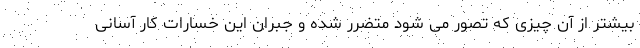
بیشتر از آن چیزی که تصور می شود متضرر شده و جبران این خسارات کار آسانی